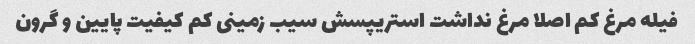
فیله مرغ کم اصلا مرغ نداشت استریپسش سیب زمینی کم کیفیت پایین و گرون